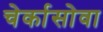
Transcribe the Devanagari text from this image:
चेर्कासोवा